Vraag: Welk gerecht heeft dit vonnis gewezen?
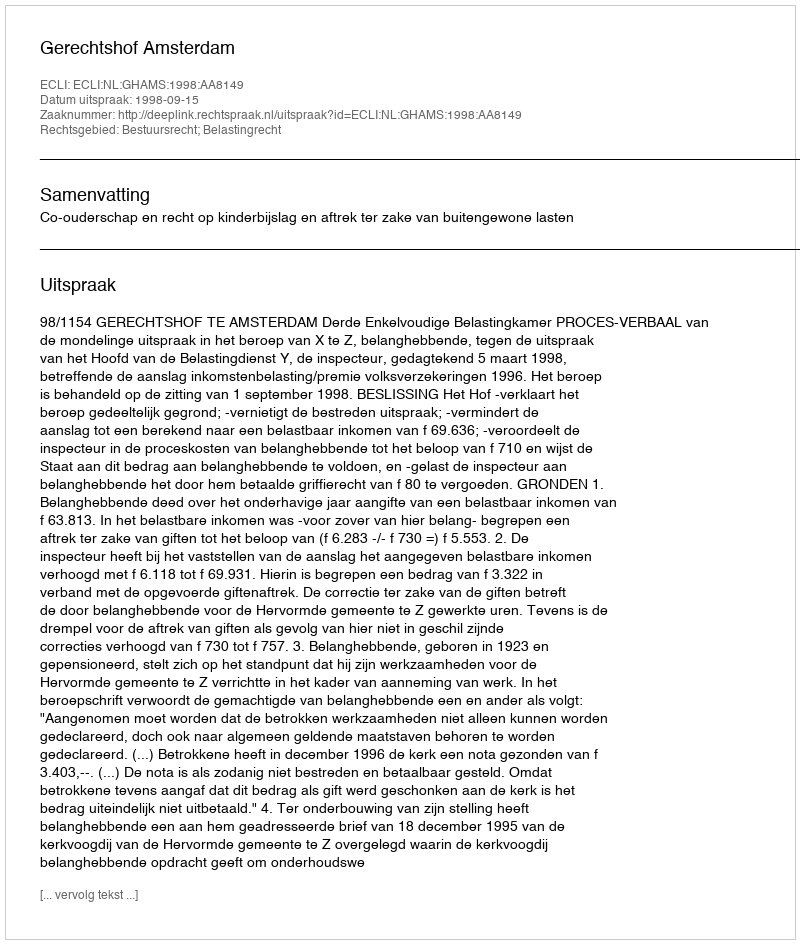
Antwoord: Gerechtshof Amsterdam